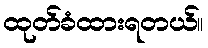
ထုတ်ခံထားရတယ်။